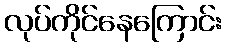
လုပ်ကိုင်နေကြောင်း